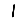
Digit: 1